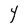
Character: Y